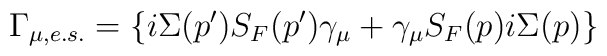
\Gamma _{\mu ,e.s.}=\left\{ i\Sigma (p^{\prime })S_{F}(p^{\prime })\gamma_{\mu }+\gamma _{\mu }S_{F}(p)i\Sigma (p)\right\}